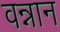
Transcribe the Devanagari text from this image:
वन्नान